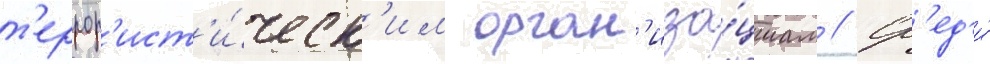
т'еррор'ист'и́ческ'им орган'иза́циам // Ср'ед'и́